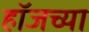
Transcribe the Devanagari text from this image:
हॉजच्या